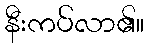
နီးကပ်လာ၏။